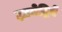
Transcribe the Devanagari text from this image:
ज्ञानेद्रियें